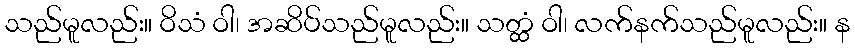
သည်မူလည်း။ ဝိသံ ဝါ၊ အဆိပ်သည်မူလည်း။ သတ္ထံ ဝါ၊ လက်နက်သည်မူလည်း။ န